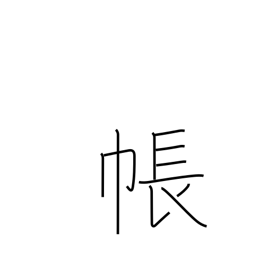
Meaning: account book